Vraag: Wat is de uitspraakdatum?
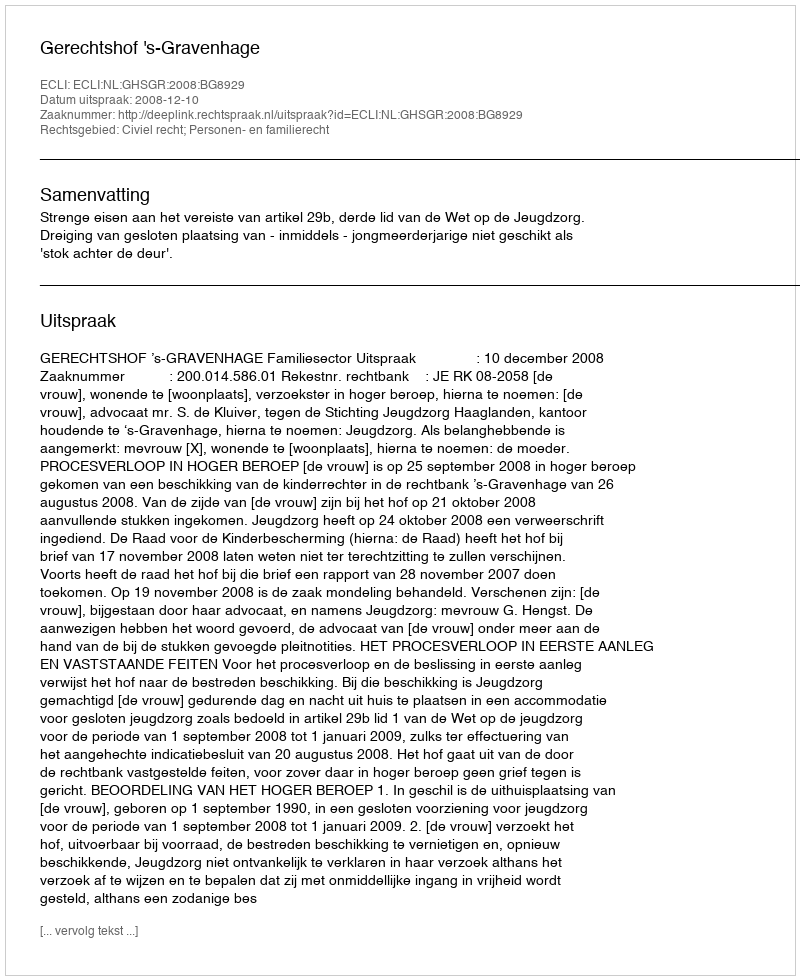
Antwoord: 2008-12-10